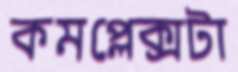
কমপ্লেক্সটা